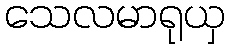
သေလမာရုယှ